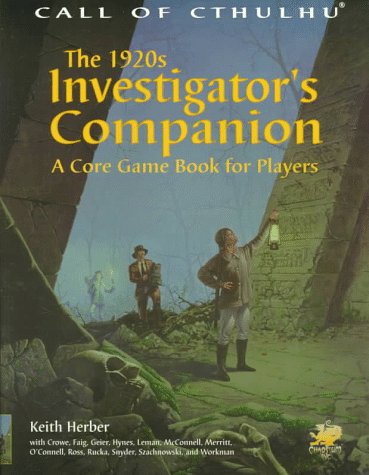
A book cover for The 1920s Investigator's Companion: A Core Game Book for Players (Call of Cthulhu); Keith Herber; Science Fiction & Fantasy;